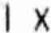
1 X